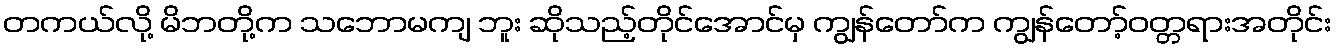
တကယ်လို့ မိဘတို့က သဘောမကျ ဘူး ဆိုသည့်တိုင်အောင်မှ ကျွန်တော်က ကျွန်တော့်ဝတ္တရားအတိုင်း